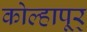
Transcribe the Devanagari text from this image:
कोल्हापूर्